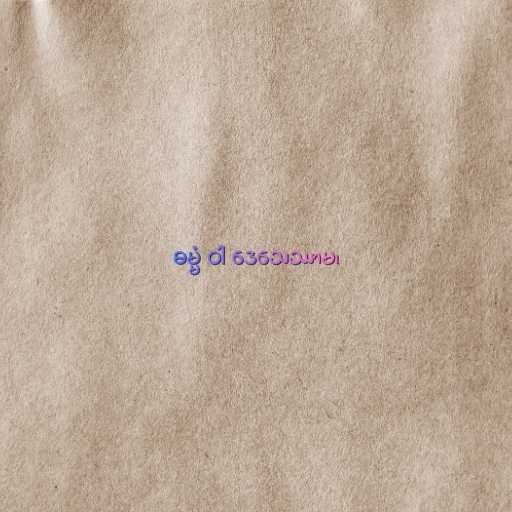
ဓမ္မံ ဝါ ဒေသေဿာမ၊